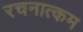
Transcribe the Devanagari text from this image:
रचनात्‍कम